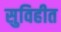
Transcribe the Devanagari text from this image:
सुविहीत